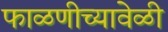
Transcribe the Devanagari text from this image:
फाळणीच्यावेळी